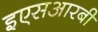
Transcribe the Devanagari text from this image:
इएसआरबी